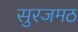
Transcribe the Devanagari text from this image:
सुरजमठ